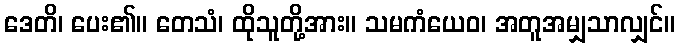
ဒေတိ၊ ပေး၏။ တေသံ၊ ထိုသူတို့အား။ သမကံယေဝ၊ အတူအမျှသာလျှင်။